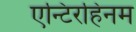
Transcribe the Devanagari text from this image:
एन्टिरहिनम